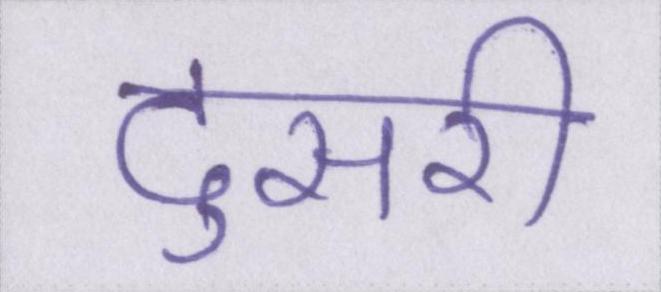
दुसरी